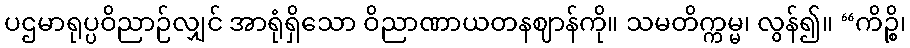
ပဌမာရုပ္ပဝိညာဉ်လျှင် အာရုံရှိသော ဝိညာဏာယတနဈာန်ကို။ သမတိက္ကမ္မ၊ လွန်၍။ “ကိဉ္စိ၊